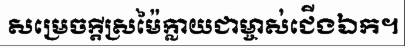
សម្រេចក្តីស្រម៉ៃក្លាយជាម្ចាស់ជើងឯក។